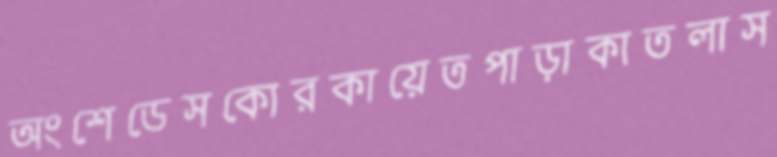
অংশেডেসকোরকায়েতপাড়াকাতলাস